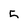
Character: 5